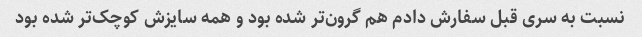
نسبت به سری قبل سفارش دادم هم گرون‌تر شده بود و همه سایزش کوچک‌تر شده بود